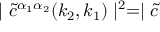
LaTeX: \mid \widetilde { c } ^ { \alpha _ { 1 } \alpha _ { 2 } } ( k _ { 2 } , k _ { 1 } ) \mid ^ { 2 } = \mid \widetilde { c }